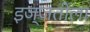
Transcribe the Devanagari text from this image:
इज्जतीला